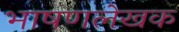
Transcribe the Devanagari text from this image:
भाषणलेखक